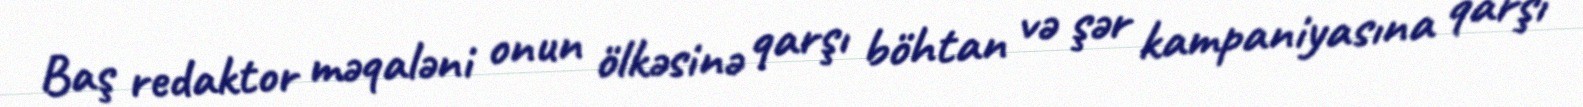
Baş redaktor məqaləni onun ölkəsinə qarşı böhtan və şər kampaniyasına qarşı